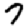
Digit: 7